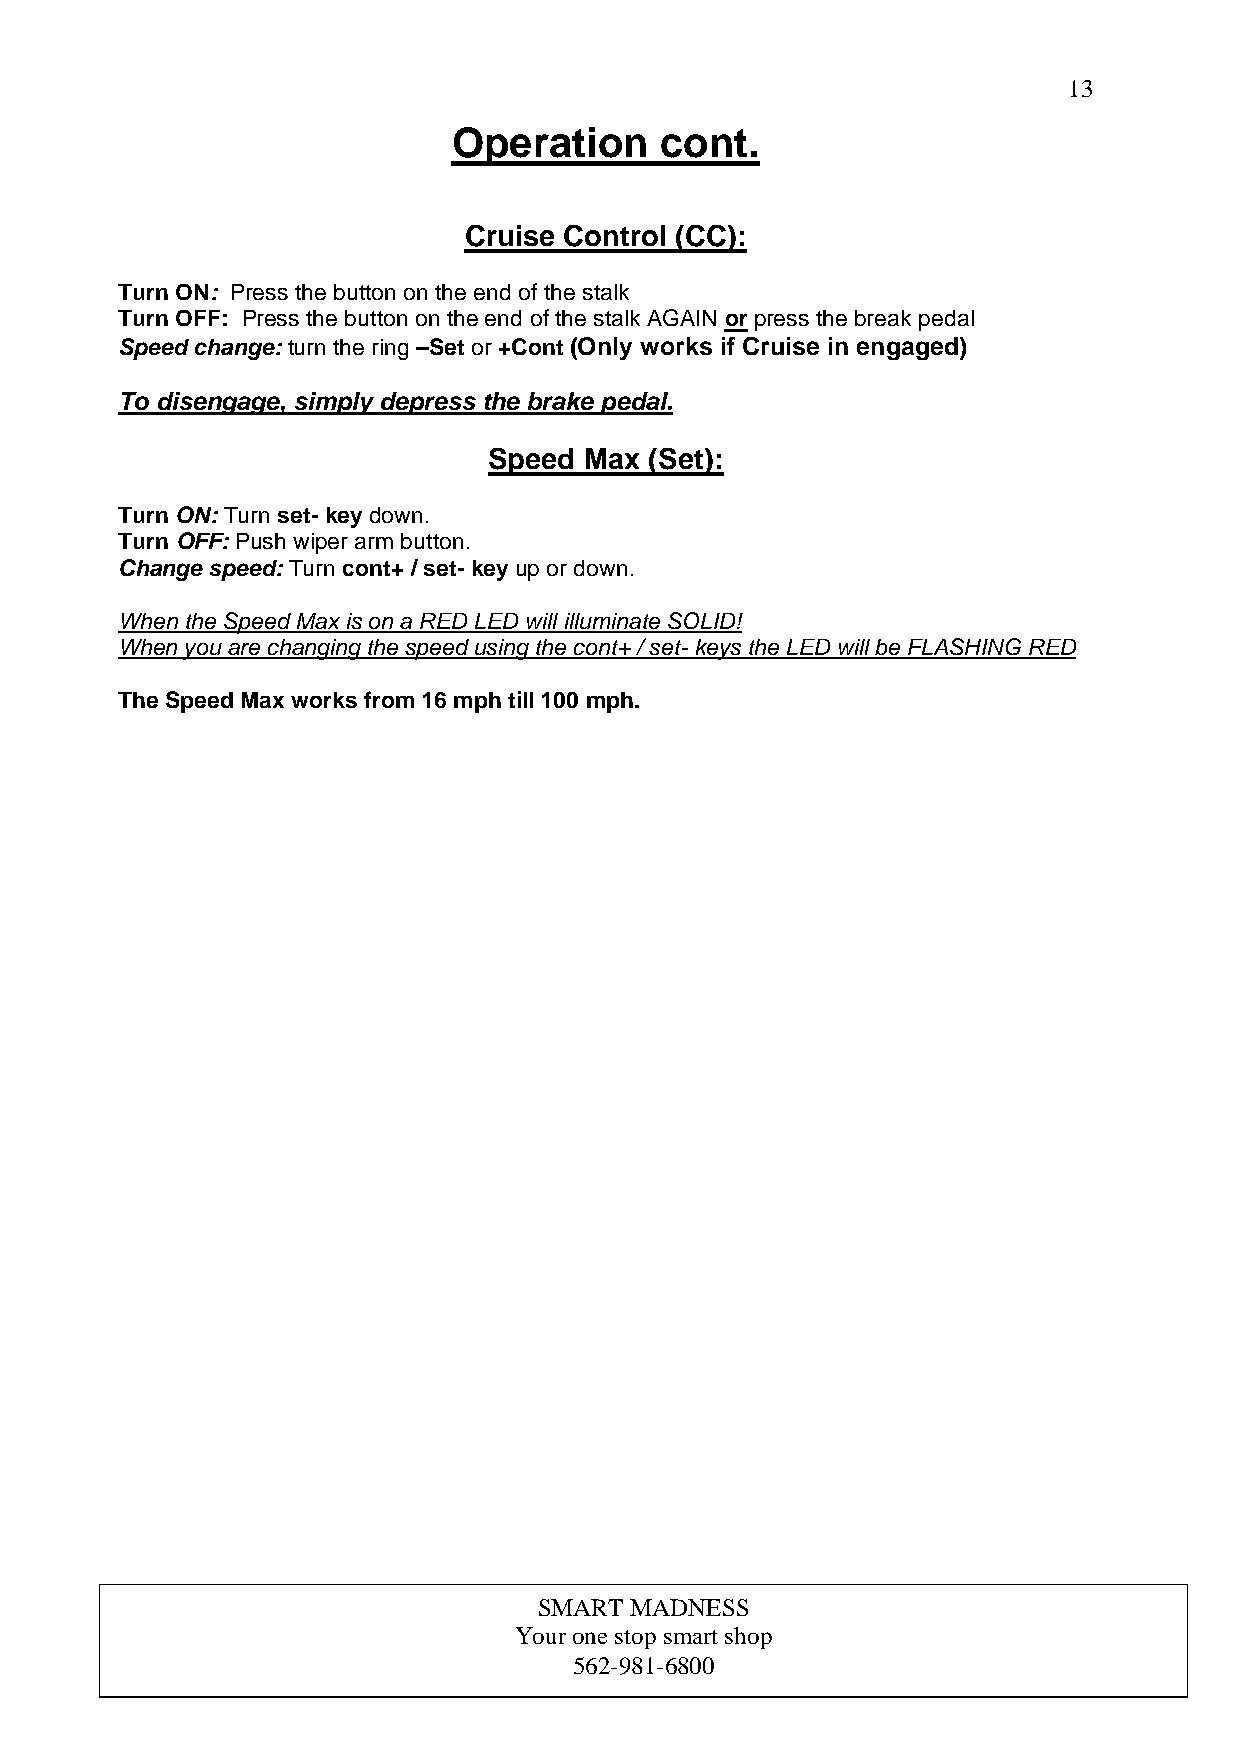
1 3
 Operation     cont.
 Cruise Control (CC):
 Turn ON: Press the button on the end of the stalk
 Turn OFF: Press the button on the end of the stalk AGAIN or press the break pedal
 Speed change: turn the ring –Set or +Cont (Only works if Cruise in engaged)
 To disengage, simply depress the brake pedal.
 Speed  Max (Set):
 Turn ON: Turn set- key down.
 Turn OFF: Push wiper arm button.
 Change speed: Turn cont+ / set- key up or down.
 When the Speed Max is on a RED LED will illuminate SOLID!
 When you are changing the speed using the cont+ / set- keys the LED will be FLASHING RED
 The Speed Max works from 16 mph till 100 mph.
 SMART MADNESS
 Your one stop smart shop
 562-981-6800